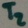
Text: T2